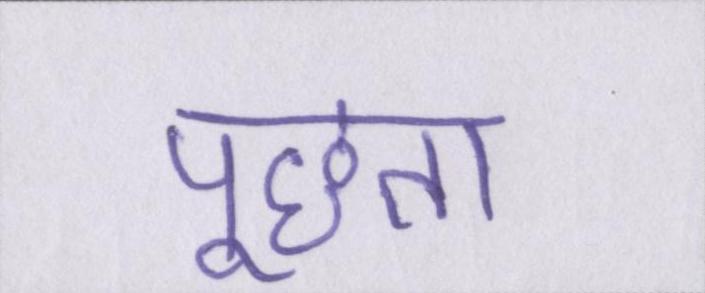
पूछता